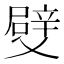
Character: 䢃